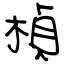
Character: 楨